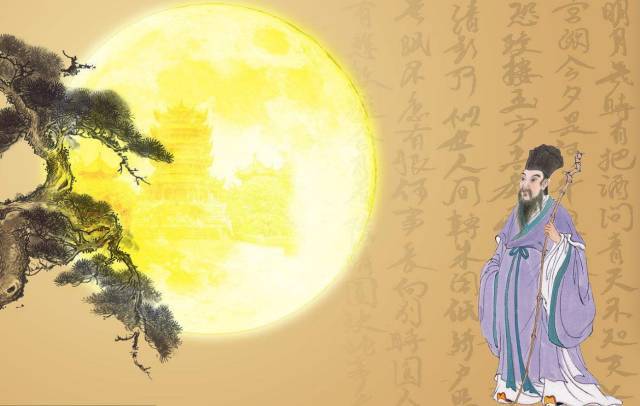
孤兔凄凉照水，晓风起银河西转。